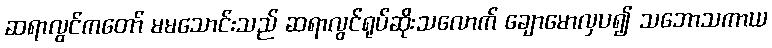
ဆရာလွင်ကတော် မမသောင်းသည် ဆရာလွင်ရုပ်ဆိုးသလောက် ချောမောလှပ၍ သဘောသကာယ